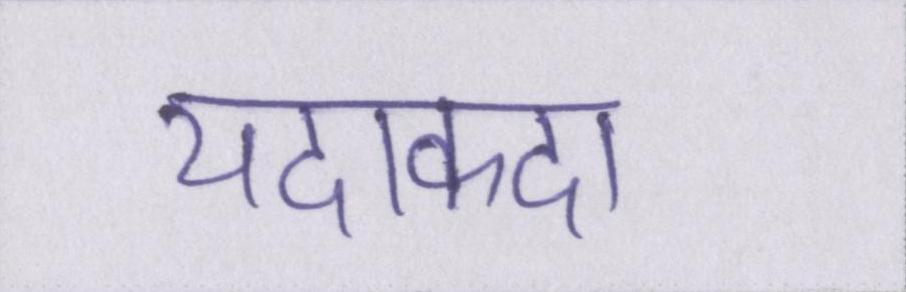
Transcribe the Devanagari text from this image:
यदाकदा